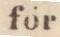
för